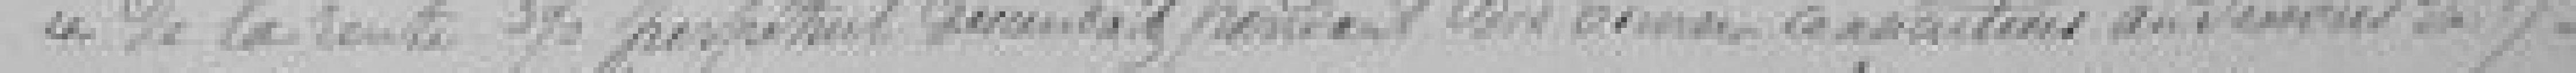
de la rente 3 pour cent perpétuel